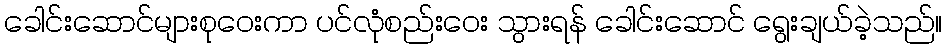
ခေါင်းဆောင်များစုဝေးကာ ပင်လုံစည်းဝေး သွားရန် ခေါင်းဆောင် ရွေးချယ်ခဲ့သည်။